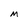
Character: M